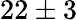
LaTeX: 22\pm 3